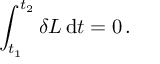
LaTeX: \int _ { t _ { 1 } } ^ { t _ { 2 } } \delta L \, \mathrm { d } t = 0 \, .